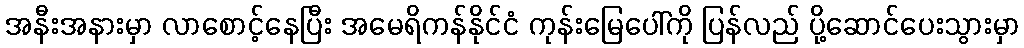
အနီးအနားမှာ လာစောင့်နေပြီး အမေရိကန်နိုင်ငံ ကုန်းမြေပေါ်ကို ပြန်လည် ပို့ဆောင်ပေးသွားမှာ